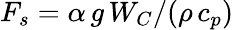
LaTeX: F_{s}=\alpha\, g\, W_{C}/(\rho\, c_{p})